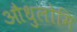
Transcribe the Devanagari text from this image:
औधुलोमि